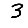
Digit: 3